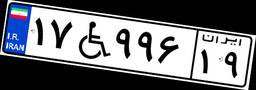
۸۹W۵۹۸۹۶